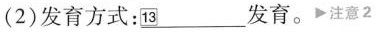
(2)发育方式：\underline{\square{13}}发育。▶注意2